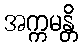
အက္ကမန္တိ